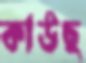
কাউছ